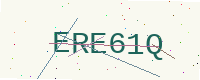
Text: ERE61Q